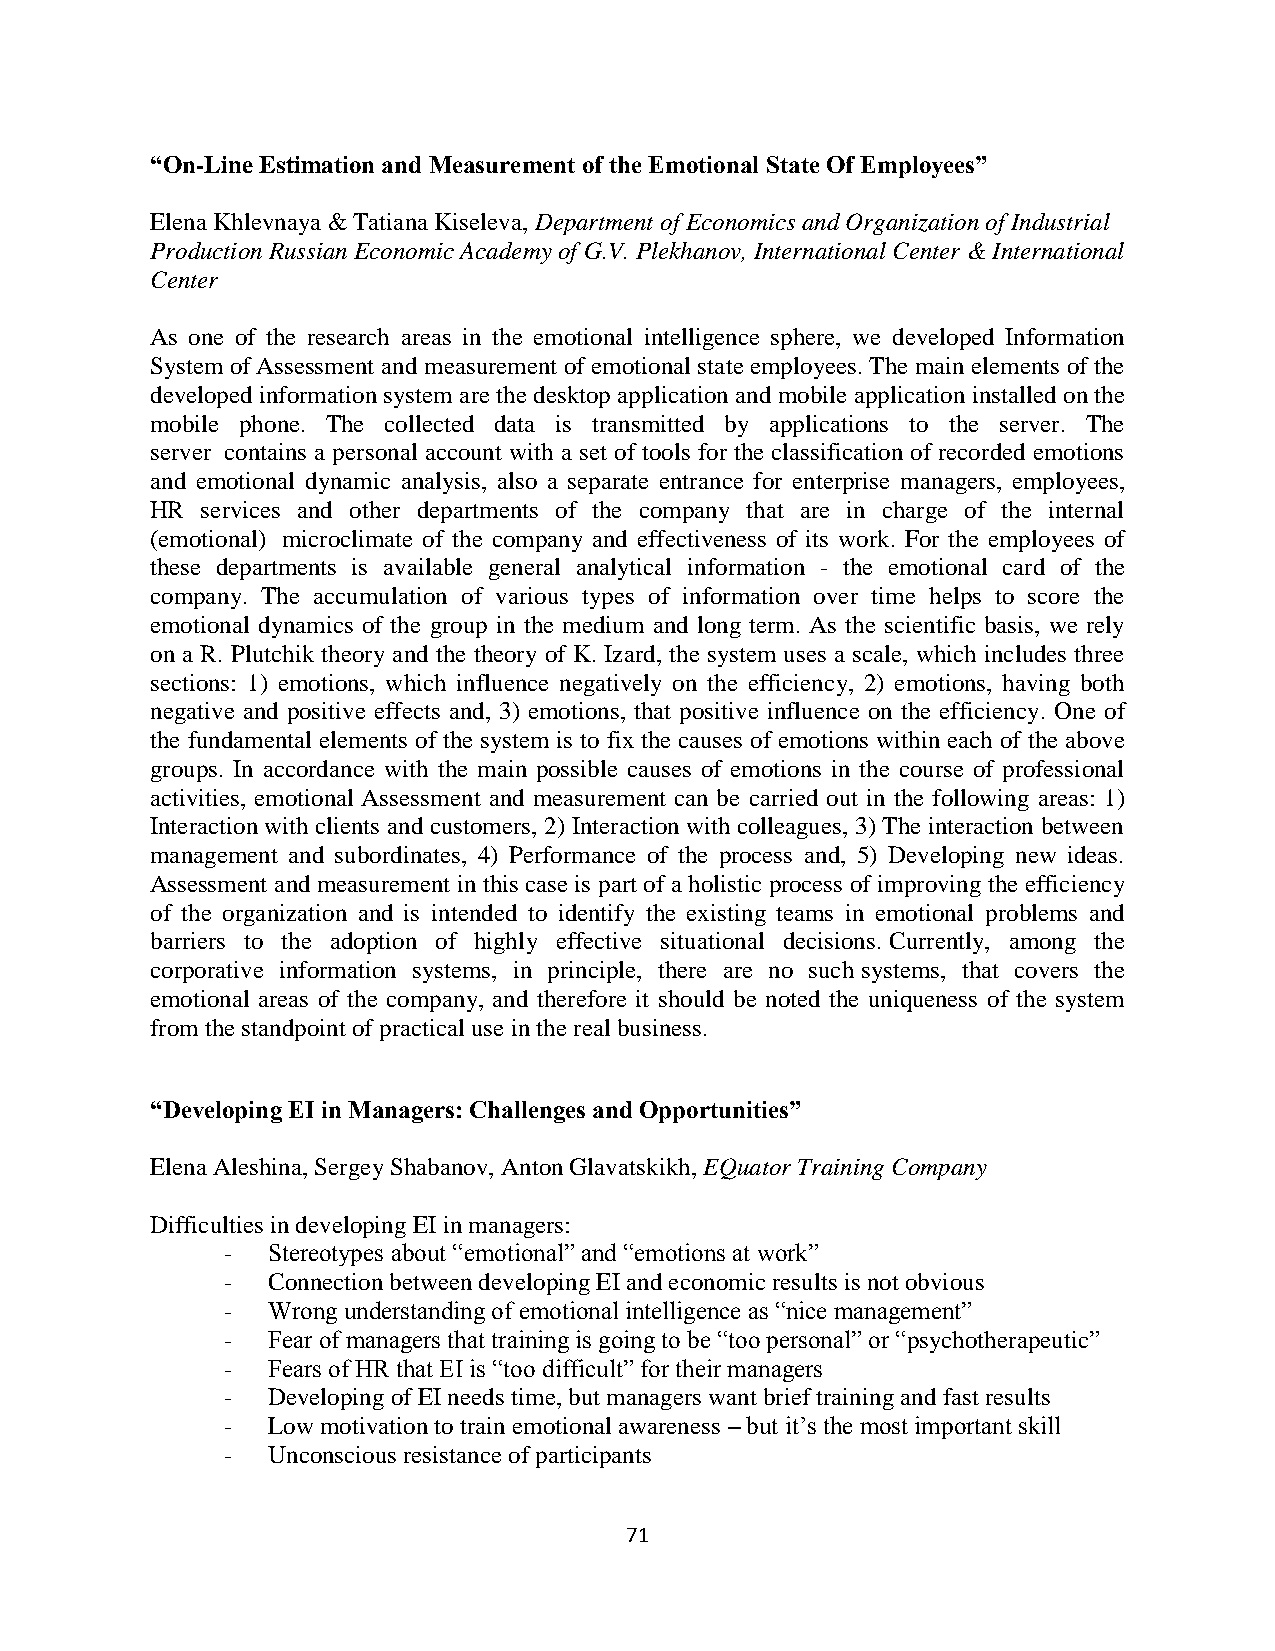
“On-Line Estimation and Measurement of the Emotional State Of Employees”
 Elena Khlevnaya & Tatiana Kiseleva, Department of Economics and Organization of Industrial
 Production Russian Economic Academy of G.V. Plekhanov, International Center & International
 Center
 As one of the research areas in the emotional intelligence sphere, we developed Information
 System of Assessment and measurement of emotional state employees. The main elements of the
 developed information system are the desktop application and mobile application installed on the
 mobile phone. The collected data is transmitted by applications to the server. The
 server contains a personal account with a set of tools for the classification of recorded emotions
 and emotional dynamic analysis, also a separate entrance for enterprise managers, employees,
 HR services and other departments of the company that are in charge of the internal
 (emotional) microclimate of the company and effectiveness of its work. For the employees of
 these departments is available general analytical information - the emotional card of the
 company. The accumulation of various types of information over time helps to score the
 emotional dynamics of the group in the medium and long term. As the scientific basis, we rely
 on a R. Plutchik theory and the theory of K. Izard, the system uses a scale, which includes three
 sections: 1) emotions, which influence negatively on the efficiency, 2) emotions, having both
 negative and positive effects and, 3) emotions, that positive influence on the efficiency. One of
 the fundamental elements of the system is to fix the causes of emotions within each of the above
 groups. In accordance with the main possible causes of emotions in the course of professional
 activities, emotional Assessment and measurement can be carried out in the following areas: 1)
 Interaction with clients and customers, 2) Interaction with colleagues, 3) The interaction between
 management and subordinates, 4) Performance of the process and, 5) Developing new ideas.
 Assessment and measurement in this case is part of a holistic process of improving the efficiency
 of the organization and is intended to identify the existing teams in emotional problems and
 barriers to the adoption of highly effective situational decisions. Currently, among the
 corporative information systems, in principle, there are no such systems, that covers the
 emotional areas of the company, and therefore it should be noted the uniqueness of the system
 from the standpoint of practical use in the real business.
 “Developing EI in Managers: Challenges and Opportunities”
 Elena Aleshina, Sergey Shabanov, Anton Glavatskikh, EQuator Training Company
 Difficulties in developing EI in managers:
 -  Stereotypes about “emotional” and “emotions at work”
 -  Connection between developing EI and economic results is not obvious
 -  Wrong understanding of emotional intelligence as “nice management”
 -  Fear of managers that training is going to be “too personal” or “psychotherapeutic”
 -  Fears of HR that EI is “too difficult” for their managers
 -  Developing of EI needs time, but managers want brief training and fast results
 -  Low motivation to train emotional awareness – but it’s the most important skill
 -  Unconscious resistance of participants
 71